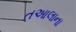
તઆલાના